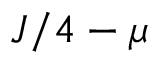
J / 4 - \mu